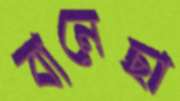
বানেছা